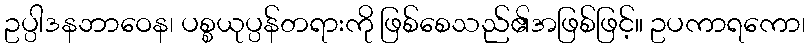
ဥပ္ပါဒနဘာဝေန၊ ပစ္စယုပ္ပန်တရားကို ဖြစ်စေသည်၏အဖြစ်ဖြင့်။ ဥပကာရကော၊